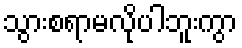
သွားစရာမလိုပါဘူးကွာ